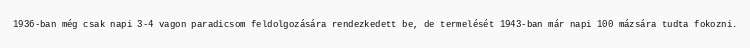
1936-ban még csak napi 3-4 vagon paradicsom feldolgozására rendezkedett be, de termelését 1943-ban már napi 100 mázsára tudta fokozni.